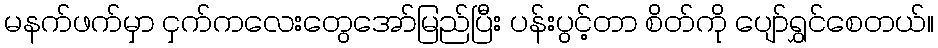
မနက်ဖက်မှာ ငှက်ကလေးတွေအော်မြည်ပြီး ပန်းပွင့်တာ စိတ်ကို ပျော်ရွှင်စေတယ်။